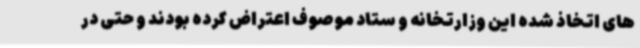
های اتخاذ شده این وزارتخانه و ستاد موصوف اعتراض کرده بودند و حتی در